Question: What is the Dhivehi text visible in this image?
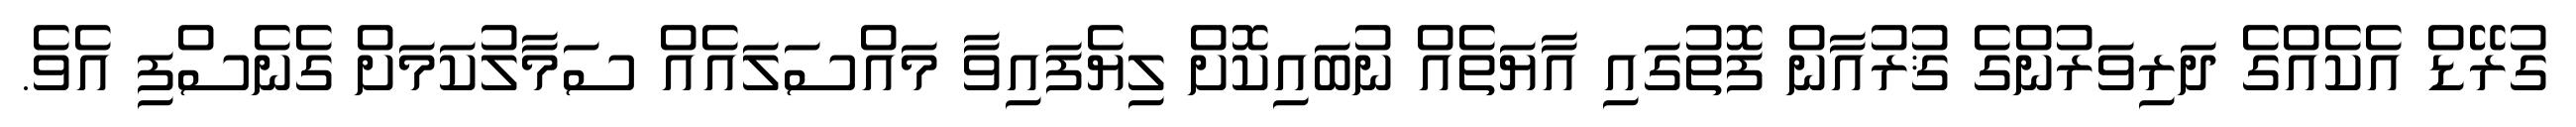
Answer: ގުރޭޑް އެކެއްގެ ދަރިވަރުންގެ ޤުރުއާން ފޮތުގައި އާޔަތެއް ނުބައިކޮށް ލިޔެފައިވާ މައްސަލައެއް ސަމާލުކަމަށް ގެނެސްފި އެވެ.